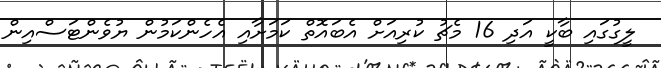
ލީގުގައި ބާކީ އަދި 16 މެޗު ކުރިއަށް އެބައޮތް ކަމަށާއި އެހެންކަމުން ޔުވެންޓަސްއިން